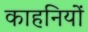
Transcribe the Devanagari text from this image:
काहनियों